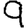
Digit: 9